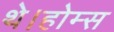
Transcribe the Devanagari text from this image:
थे।होम्स